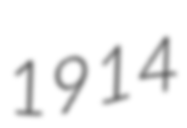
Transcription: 1914